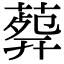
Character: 𦸟